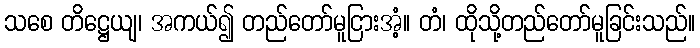
သစေ တိဋ္ဌေယျ၊ အကယ်၍ တည်တော်မူငြားအံ့။ တံ၊ ထိုသို့တည်တော်မူခြင်းသည်။